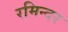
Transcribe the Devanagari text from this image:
रमिन्दर